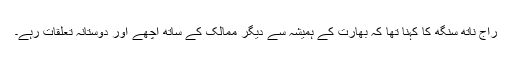
راج ناتھ سنگھ کا کہنا تھا کہ بھارت کے ہمیشہ سے دیگر ممالک کے ساتھ اچھے اور دوستانہ تعلقات رہے۔